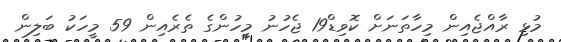
މުޅި ރާއްޖެއިން މިހާތަނަށް ކޮވިޑް19 ޖެހުނު މީހުންގެ ތެރެއިން 59 މީހަކު ބަލިން